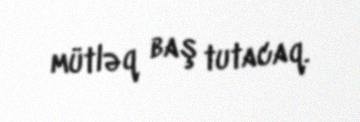
mütləq baş tutacaq.